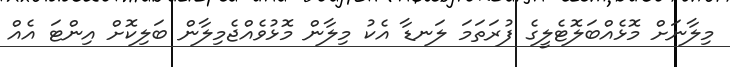
މިލާނަށް މޮޅެއްބަލޮޓެލީގެ ފުރަތަމަ ލަނޑާ އެކު މިލާން މޮޅުވެއްޖެމިލާން ބަލިކޮށް އިންޓަ އެއް